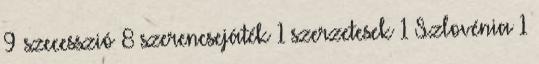
9 szecesszió 8 szerencsejáték 1 szerzetesek 1 Szlovénia 1